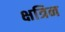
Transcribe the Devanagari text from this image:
क्षत्रिन